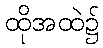
ထိုအထဲ၌